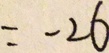
= - 2 6